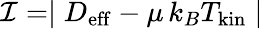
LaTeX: {\cal I}=\mid D_{\mathrm{eff}}-\mu\, k_{B}T_{\mathrm{kin}}\mid